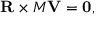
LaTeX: \mathbf { R } \times M \mathbf { V } = \mathbf { 0 } ,